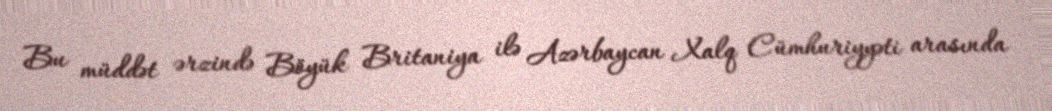
Bu müddət ərzində Böyük Britaniya ilə Azərbaycan Xalq Cümhuriyyəti arasında